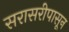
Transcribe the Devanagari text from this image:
सरासरीपासून